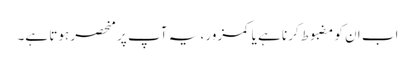
اب ان کو مضبوط کرنا ہے یا کمزور ، یہ آپ پر منحصر ہوتا ہے۔